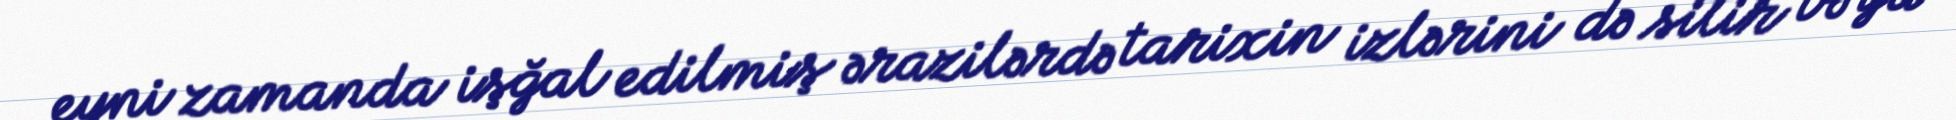
eyni zamanda işğal edilmiş ərazilərdə tarixin izlərini də silir və ya